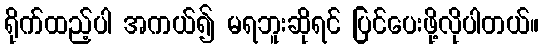
ရိုက်ထည့်ပါ အကယ်၍ မရဘူးဆိုရင် ပြင်ပေးဖို့လိုပါတယ်။